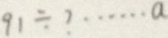
9 1 \div ? \cdots a